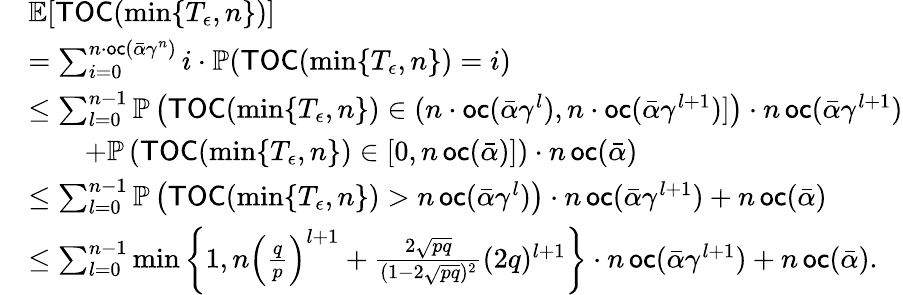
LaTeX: \begin{array}{rl}&{\mathbb{E}[\mathsf{TOC}(\operatorname*{min}\{ T_{\epsilon},n\} )]}\\ &{=\sum_{i=0}^{n\cdot\mathsf{oc}(\bar{\alpha}\gamma^{n})}{i\cdot\mathbb{P}(\mathsf{TOC}(\operatorname*{min}\{ T_{\epsilon},n\} )=i)}}\\ &{\leq\sum_{l=0}^{n-1}\mathbb{P}\left(\mathsf{TOC}(\operatorname*{min}\{ T_{\epsilon},n\} )\in(n\cdot\mathsf{oc}(\bar{\alpha}\gamma^{l}),n\cdot\mathsf{oc}(\bar{\alpha}\gamma^{l+1})]\right)\cdot n\, \mathsf{oc}(\bar{\alpha}\gamma^{l+1})}\\ &{\qquad+\mathbb{P}\left(\mathsf{TOC}(\operatorname*{min}\{ T_{\epsilon},n\} )\in[0,n\, \mathsf{oc}(\bar{\alpha})]\right)\cdot n\, \mathsf{oc}(\bar{\alpha})}\\ &{\leq\sum_{l=0}^{n-1}\mathbb{P}\left(\mathsf{TOC}(\operatorname*{min}\{ T_{\epsilon},n\} )>n\, \mathsf{oc}(\bar{\alpha}\gamma^{l})\right)\cdot n\, \mathsf{oc}(\bar{\alpha}\gamma^{l+1})+n\, \mathsf{oc}(\bar{\alpha})}\\ &{\leq\sum_{l=0}^{n-1}\operatorname*{min}\left\{ 1,n\left(\frac{q}{p}\right)^{l+1}+\frac{2\sqrt{pq}}{(1-2\sqrt{pq})^{2}}(2q)^{l+1}\right\} \cdot n\, \mathsf{oc}(\bar{\alpha}\gamma^{l+1})+n\, \mathsf{oc}(\bar{\alpha}).}\end{array}